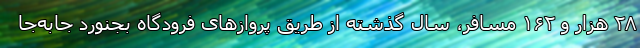
۲۸ هزار و ۱۶۲ مسافر، سال گذشته از طریق پروازهای فرودگاه بجنورد جابه‌جا